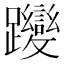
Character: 𮜬